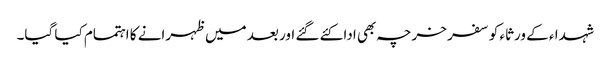
شہدا ء کے ورثاء کو سفر خرچہ بھی ادا کئے گئے اور بعد میں ظہرانے کا اہتمام کیا گیا۔